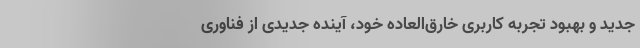
جدید و بهبود تجربه کاربری خارق‌العاده خود، آینده جدیدی از فناوری